Report of the King Institute of Preventive Medicine, Guindy
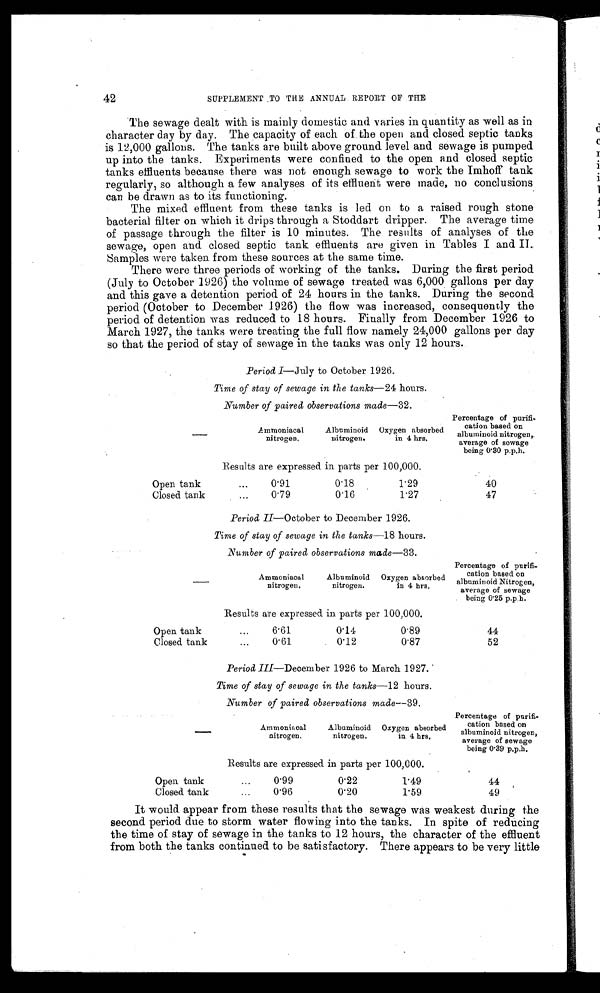
42
SUPPLEMENT TO THE ANNUAL REPORT 0F THE
The sewage dealt with is mainly domestic and varies in quantity as well as in
character day by day. The capacity of each of the open and closed septic tanks
is 12,000 gallons. The tanks are built above ground level and sewage is pumped
up into the tanks. Experiments were confined to the open and closed septic
tanks effluents because there was not enough sewage to work the Imhoff tank
regularly, so although a few analyses of its effluent were made, no conclusions
can be drawn as to its functioning.
The mixed effluent from these tanks is led on to a raised rough stone
bacterial filter on which it drips through a Stoddart dripper. The average time
of passage through the filter is 10 minutes. The results of analyses of the
sewage, open and closed septic tank effluents are given in Tables I and II.
samples were taken from these sources at the same time.
There were three periods of working of the tanks. During the first period
(July to October 1926) the volume of sewage treated was 6,000 gallons per day
and this gave a detention period of 24 hours in the tanks. During the second
period (October to December 1926) the flow was increased, consequently the
period of detention was reduced to 18 hours. Finally from December 1926 to
March 1927, the tanks were treating the full flow namely 24,000 gallons per day
so that the period of stay of sewage in the tanks was only 12 hours.
Period I—July to October 1926.
Time of stay of sewage in the tanks—24 hours.
Number of paired observations made—32.
—
Ammoniacal
nitrogen.
Albuminoid
nitrogen.
Oxygen absorbed
in 4 hrs,
Percentage of purifi
-
cation based on
albuminoid nitrogen,
average of sewage
being 0.30 p.p.h.
Results are expressed in parts per 100,000.
Open tank
0.91
0.18
1.29
40
Closed tank.
0.16
1.27
47
Period II— October to December 1926.
Time of stay of sewage in the tanks—18 hours.
Number of .paired observations made—33.
Ammoniacal
nitrogen.
Albuminoid
nitrogen.
Oxygen absorbed
in 4 hrs.
Percentage of purifi-
cation based on
albuminoid Nitrogen,
average of sewage
being 0.25 p.ph.
Results are expressed in parts per 100,000.
Open tank
...
6.61
0.14
0.89
44
Closed tank
...
0.61
0.12
0.87
52
Period Ill—December 1926 to March 1927.
Time of stay of sewage in the tanks—12 hours.
Number of paired observations made—39.
A m m o n i a c a l
n i t r o g e n .
Albuminoid
nitrogen.
Oxygen absorbed
in 4 hrs.
Percent age of purifi-
cation based on
albuminoid nitrogen,
average of sewage
being 0.39 p.p.h.
Results are expressed in parts per 100,000.
Open tank
...
0.99 0.22
0 . 2 2
1.49
44
Closed tank
...
0.96
0.20
1.59
4 9
It would appear from these results that the sewage was weakest during the
second period due to storm water flowing into the tanks. In spite of reducing
the time of stay of sewage in the tanks to 12 hours, the character of the effluent
from both the tanks continued to be satisfactory. There appears to be very little